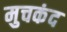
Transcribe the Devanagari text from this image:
मुचकंद